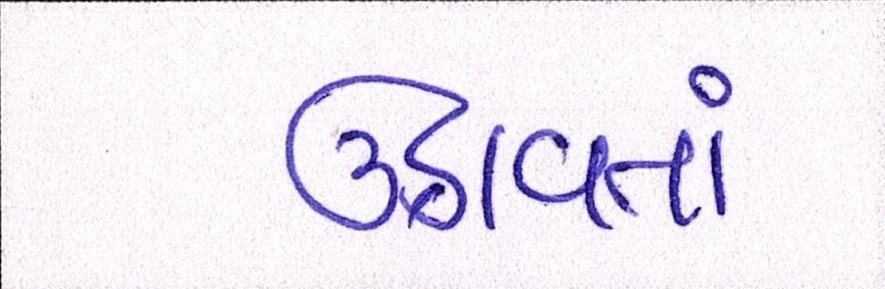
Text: ઉઠાવતાં